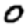
Digit: 0